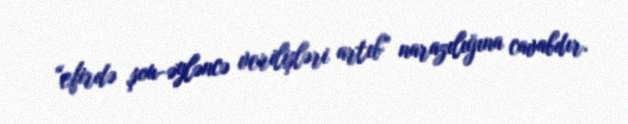
“efirdə şou-əyləncə verilişləri artıb” narazılığına cavabdır.